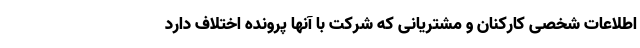
اطلاعات شخصی کارکنان و مشتریانی که شرکت با آنها پرونده اختلاف دارد